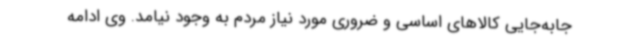
جابه‌جایی کالاهای اساسی و ضروری مورد نیاز مردم به وجود نیامد. وی ادامه